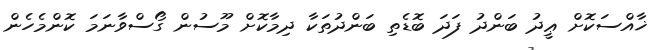
ޚާއްސަކޮށް ޢީދު ބަންދު ފަދަ ބޮޑެތި ބަންދުތަކާ ދިމާކޮށް މޫސުން ގޯސްވާނަމަ ކޮންމެހެން